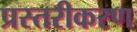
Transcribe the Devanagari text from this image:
प्रस्तरीकरण